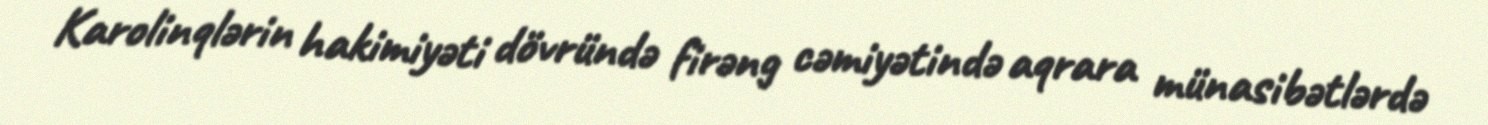
Karolinqlərin hakimiyəti dövründə firəng cəmiyətində aqrara münasibətlərdə